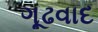
ગૂઢવાદ